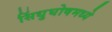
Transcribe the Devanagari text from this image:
सिंधुघोषमध्ये